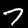
Digit: 7